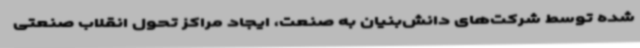
شده توسط شرکت‌های دانش‌بنیان به صنعت، ایجاد مراکز تحول انقلاب صنعتی